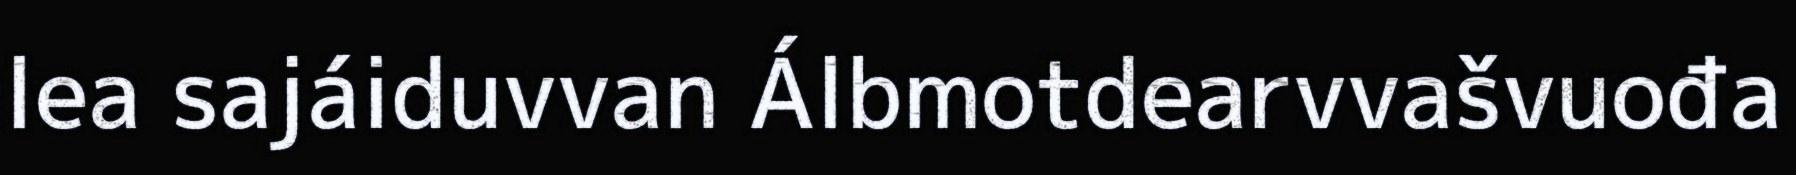
lea sajáiduvvan Álbmotdearvvašvuođa